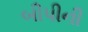
બીપીની